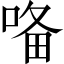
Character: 𭈜